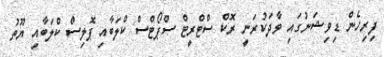
ފިރިހެން ޑިވިޝަނުގައި ވާދަކުރަނީ ރޮކް ސްޓްރީޓް ސްޕޯޓްސް ކްލަބާއި ޕޮލިސް ކްލަބާއި ޔޫތު